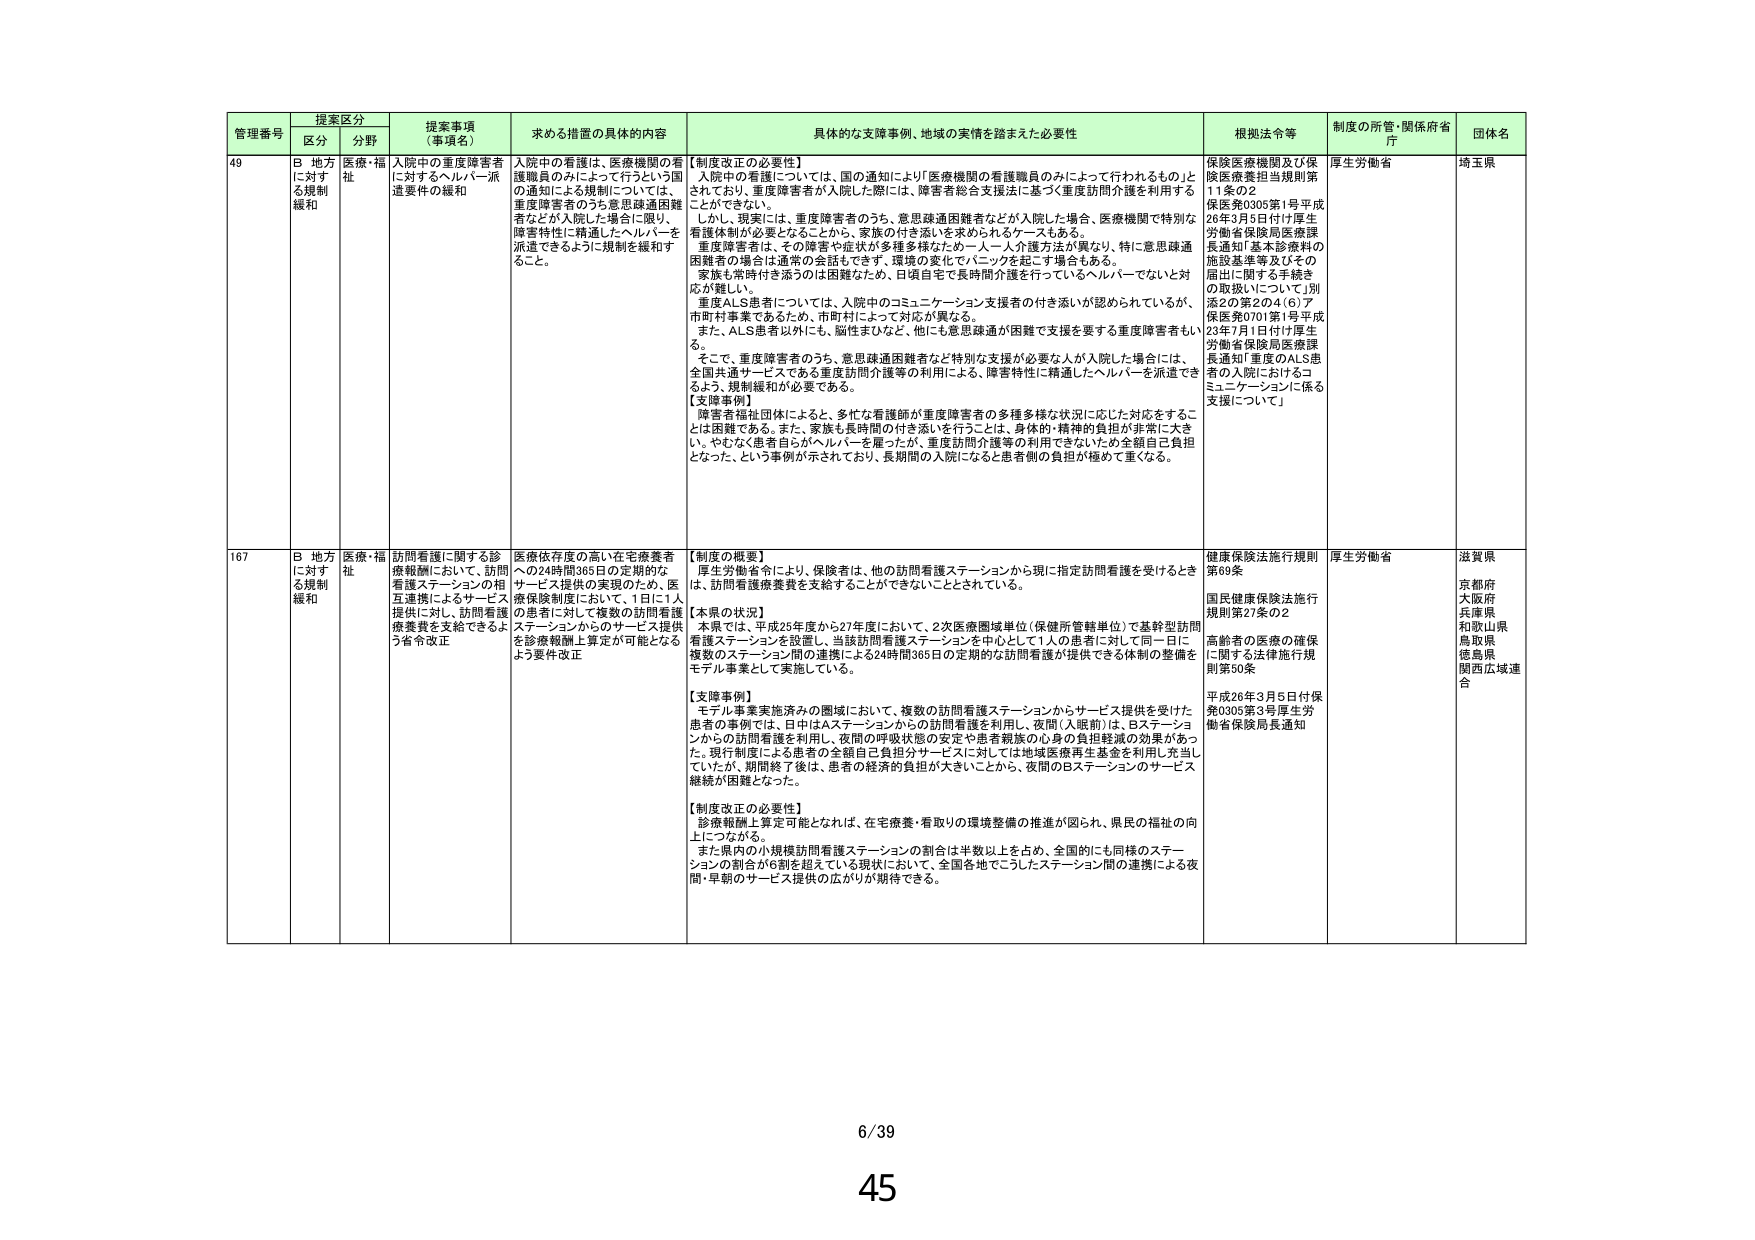
管理番号 提案区分 提案事項（事項名） 求める措置の具体的内容 具体的な支援事例、地域の実情を踏まえた必要性 根拠法令等 制度の所管・関係省庁 団体名
区分 分野
49 B 地方に対する規制緩和 医療・福祉 入院中の重度障害者に対するヘルパー派遣要件の緩和 入院中の看護は、医療機関の看護職員のみによって行うという国の通知による規制については、重度障害者のうち意思疎通困難者などが入院した場合に限り、障害特性に精通したヘルパーを派遣できるように規制を緩和すること。 【制度改正の必要性】 入院中の看護については、国の通知により「医療機関の看護職員のみによって行われるもの」とされており、重度障害者が入院した際には、障害者総合支援法に基づく重度訪問介護を利用することができない。 しかし、現実には、重度障害者のうち、意思疎通困難者などが入院した場合、医療機関で特別な看護体制が必要となることから、家族の付き添いを求められるケースもある。 重度障害者は、その障害や症状が多種多様なため、一人一人介護方法が異なり、特に意思疎通困難者の場合は通常の会話もできず、環境の変化でパニックを起こす場合もある。 家族も常時付き添うのは困難なため、日頃自宅で長時間介護を行っているヘルパーでないと対応が難しい。 重度ALS患者については、入院中のコミュニケーション支援者の付き添いが認められているが、市町村事業であるため、市町村によって対応が異なる。 また、ALS患者以外にも、脳性まひなど、他にも意思疎通が困難で支援を要する重度障害者もいる。 そこで、重度障害者のうち、意思疎通困難者など特別な支援が必要な人が入院した場合には、全国共通サービスである重度訪問介護等の利用による、障害特性に精通したヘルパーを派遣できるよう、規制緩和が必要である。 【支援事例】 障害者福祉団体によると、多忙な看護師が重度障害者の多種多様な状況に応じた対応をすることは困難である。また、家族も長時間の付き添いを行うことは、身体的・精神的負担が非常に大きい。やむなく患者自らがヘルパーを雇ったが、重度訪問介護等の利用できなったため全額自己負担となった、という事例が示されており、長期間の入院になると患者側の負担が極めて重くなる。 保険医療機関及び保険医療業担当規則第11条の2 保険第0305第1号平成26年3月5日付け厚生労働省保険局医療課長通知「基本診療料の施設基準等及びその届出に関する手続きの取扱いについて」別表2の第2の4(6)ア 保険第0701第1号平成23年7月1日付け厚生労働省保険局医療課長通知「重度のALS患者の入院におけるコミュニケーションに係る支援について」 厚生労働省 埼玉県
167 B 地方に対する規制緩和 医療・福祉 訪問看護に関する診療報酬において、訪問看護ステーションの相互連携によるサービス提供に対して、訪問看護療養費を支給できるよう省令改正 医療依存度の高い在宅療養者への24時間365日の定期的なサービス提供の実現のため、医療保険制度において、1日に1人の患者に対して複数の訪問看護ステーションからのサービス提供を診療報酬上算定が可能となるよう要件改正 【制度の概要】 厚生労働省令により、保険者は、他の訪問看護ステーションから現に指定訪問看護を受けるとき、訪問看護療養費を支給することができないこととされている。 【本県の状況】 本県では、平成25年度から27年度において、2次医療圏域単位（保健所管轄単位）で基幹型訪問看護ステーションを設置し、当該訪問看護ステーションを中心として1人の患者に対して同一日に複数のステーション間の連携による24時間365日の定期的な訪問看護が提供できる体制の整備をモデル事業として実施している。 【支援事例】 モデル事業実施済みの圏域において、複数の訪問看護ステーションからサービス提供を受けた患者の事例では、日中はAステーションからの訪問看護を利用し、夜間（入眠前）は、Bステーションからの訪問看護を利用し、夜間の呼吸状態の安定や患者親族の心身の負担軽減の効果があった。現行制度による患者の全額自己負担分サービスに対しては地域医療再生基金を利用し充当していたが、期間終了後は、患者の経済的負担が大きいことから、夜間のBステーションのサービス継続が困難となった。 【制度改正の必要性】 診療報酬上算定可能となれば、在宅療養・看取りの環境整備の推進が図られ、県民の福祉の向上につながる。 また県内の小規模訪問看護ステーションの割合は半数以上を占め、全国的にも同様のステーションの割合が6割を超えている現状において、全国各地でこうしたステーション間の連携による夜間・早朝のサービス提供の広がりが期待できる。 健康保険法施行規則第69条 国民健康保険法施行規則第27条の2 高齢者の医療の確保に関する法律施行規則第50条 平成26年3月5日付け保険0305第3号厚生労働省保険局長通知 厚生労働省 滋賀県 京都府 大阪府 兵庫県 和歌山県 鳥取県 徳島県 関西広域連合
6/39
45